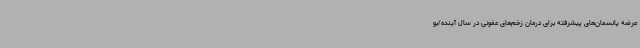
عرضه پانسمان‌های پیشرفته برای درمان زخم‌های عفونی در سال آینده/بو